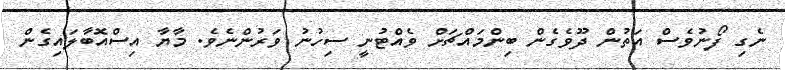
ނެގި ފޯނުވެސް އަތުން ދޫވެގެން ބިންމައްޗަށް ވެއްޓުނީ ސިހުނު ވަރުންނެވެ. މާޔާ އިސްއޮބާލައިގެން